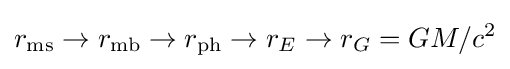
r_{\mathrm {ms} }\to r_{\mathrm {mb} }\to r_{\mathrm {ph} }\to r_{E}\to r_{G}=GM/c^{2}